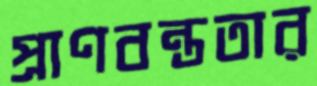
প্রাণবন্ততার